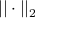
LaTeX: | | \cdot | | _ { 2 }